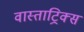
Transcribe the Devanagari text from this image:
वास्ताट्रिक्स